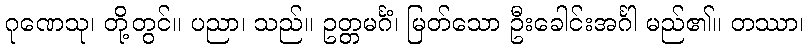
ဂုဏေသု၊ တို့တွင်။ ပညာ၊ သည်။ ဥတ္တမင်္ဂံ၊ မြတ်သော ဦးခေါင်းအင်္ဂါ မည်၏။ တဿာ၊